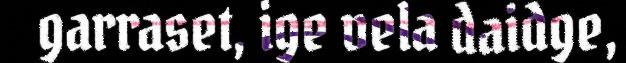
garraset, ige vela daidge,